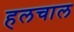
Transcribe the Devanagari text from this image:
हलचाल